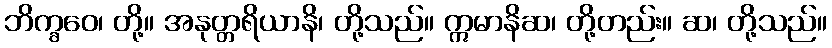
ဘိက္ခဝေ၊ တို့။ အနုတ္တရိယာနိ၊ တို့သည်။ ဣမာနိဆ၊ တို့တည်း။ ဆ၊ တို့သည်။